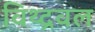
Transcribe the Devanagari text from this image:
विथ्द्रवल